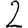
Digit: 2